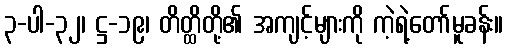
၃-ပါ-၃၂၊ ဋ္ဌ-၁၉၊ တိတ္ထိတို့၏ အကျင့်များကို ကဲ့ရဲ့တော်မူခန်း။